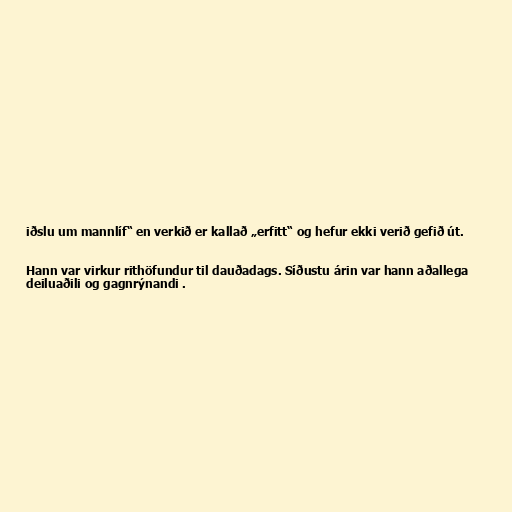
iðslu um mannlíf“ en verkið er kallað „erfitt“ og hefur ekki verið gefið út.

Hann var virkur rithöfundur til dauðadags. Síðustu árin var hann aðallega
deiluaðili og gagnrýnandi .